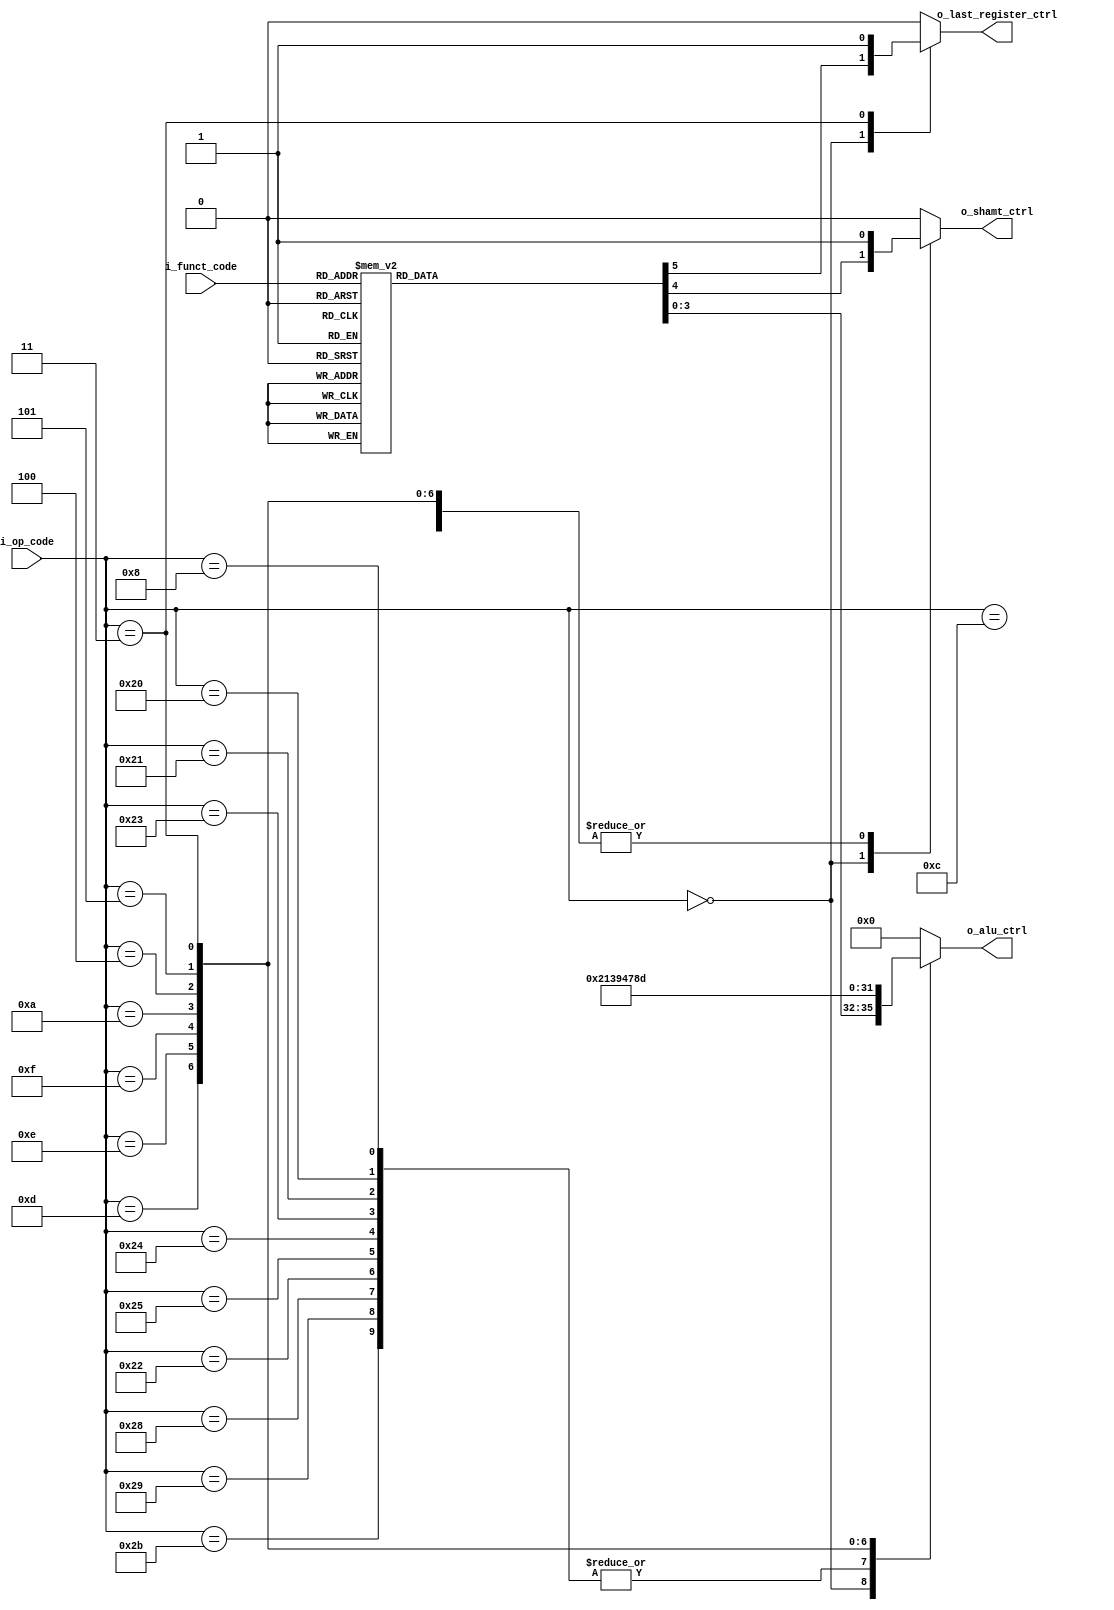
`timescale 1ns / 1ps
//////////////////////////////////////////////////////////////////////////////////
// Company: 
// Engineer: 
// 
// Create Date: 
// Design Name: 
// Module Name: alu_control
// Project Name: 
// Target Devices: 
// Tool Versions: 
// Description: 
// 
// Dependencies: 
// 
// Revision:
// Revision 0.01 - File Created
// Additional Comments:
// 
//////////////////////////////////////////////////////////////////////////////////


`define RTYPE_OPCODE    6'b000000
// Loads
`define LB_OPCODE       6'b100000
`define LH_OPCODE       6'b100001
`define LHU_OPCODE      6'b100010
`define LW_OPCODE       6'b100011
`define LWU_OPCODE      6'b100100
`define LBU_OPCODE      6'b100101
// Stores
`define SB_OPCODE       6'b101000
`define SH_OPCODE       6'b101001
`define SW_OPCODE       6'b101011

`define ADDI_OPCODE     6'b001000
`define ANDI_OPCODE     6'b001100
`define ORI_OPCODE      6'b001101
`define XORI_OPCODE     6'b001110
`define BEQ_OPCODE      6'b000100

`define BNE_OPCODE      6'b000101
`define SLTI_OPCODE     6'b001010
`define LUI_OPCODE      6'b001111
`define JAL_OPCODE      6'b000011
// Function codes
`define SLL_FCODE       6'b000000
`define SRL_FCODE       6'b000010
`define SRA_FCODE       6'b000011
`define SLLV_FCODE      6'b000100
`define SRLV_FCODE      6'b000110
`define SRAV_FCODE      6'b000111
`define JALR_FCODE      6'b001001
`define ADD_FCODE       6'b100000
`define ADDU_FCODE      6'b100001
`define SUB_FCODE       6'b100010
`define SUBU_FCODE      6'b100011
`define AND_FCODE       6'b100100
`define OR_FCODE        6'b100101
`define XOR_FCODE       6'b100110
`define NOR_FCODE       6'b100111
`define SLT_FCODE       6'b101010





module alu_control#(
        parameter WIDTH_FCODE = 6,
        parameter WIDTH_OPCODE = 6,
        parameter WIDTH_ALU_CTRLI = 4
        
    )
    (
        input [WIDTH_FCODE-1 : 0] i_funct_code,         // Codigo de funcion para instrucciones tipo R
        input [WIDTH_OPCODE-1 : 0] i_op_code,           // opcode
        output reg [WIDTH_ALU_CTRLI-1 : 0] o_alu_ctrl,   // Senial que indica a la ALU que tipo de operacion ejecutar
        output reg o_shamt_ctrl,                        // 0 -> shamt  1 -> data_a
        output reg o_last_register_ctrl                 // Senial que selecciona registro last_register para que se guarde el PC
    );
    
   
    always@(*) begin
        // Inicializacion para que no se produzca un inferred latch
        o_alu_ctrl = 4'b0000;
        o_shamt_ctrl = 1'b0;
        o_last_register_ctrl = 1'b0;

        case(i_op_code)
            `RTYPE_OPCODE: begin
                case(i_funct_code)
                        // R type
                        `SLL_FCODE   : begin
                            o_alu_ctrl = 4'b1101;
                            o_shamt_ctrl = 1'b0;            // Shamt
                            o_last_register_ctrl = 1'b0;
                        end 
                        `SRL_FCODE   : begin
                            o_alu_ctrl = 4'b1110;
                            o_shamt_ctrl = 1'b0;            // Shamt
                            o_last_register_ctrl = 1'b0;
                        end
                        `SRA_FCODE   : begin
                            o_alu_ctrl = 4'b1111;
                            o_shamt_ctrl = 1'b0;            // Shamt
                            o_last_register_ctrl = 1'b0;
                        end
                        `SLLV_FCODE  : begin
                            o_alu_ctrl = 4'b1101;
                            o_shamt_ctrl = 1'b1;            //Elige data_a (rs)
                            o_last_register_ctrl = 1'b0;
                        end
                        `SRLV_FCODE  : begin
                            o_alu_ctrl = 4'b1110;
                            o_shamt_ctrl = 1'b1;            //Elige data_a (rs)
                            o_last_register_ctrl = 1'b0;
                        end
                        `SRAV_FCODE  : begin
                            o_alu_ctrl = 4'b1111;
                            o_shamt_ctrl = 1'b1;            //Elige data_a (rs)
                            o_last_register_ctrl = 1'b0;
                        end
                        `ADD_FCODE   : begin
                            o_alu_ctrl = 4'b0010;
                            o_shamt_ctrl = 1'b1;            //Elige data_a (rs)
                            o_last_register_ctrl = 1'b0;
                        end
                        `ADDU_FCODE  : begin
                            o_alu_ctrl = 4'b0010;
                            o_shamt_ctrl = 1'b1;            //Elige data_a (rs)
                            o_last_register_ctrl = 1'b0;
                        end
                        `SUB_FCODE   : begin
                            o_alu_ctrl = 4'b0110;
                            o_shamt_ctrl = 1'b1;            //Elige data_a (rs)
                            o_last_register_ctrl = 1'b0;
                        end
                        `SUBU_FCODE  : begin
                            o_alu_ctrl = 4'b0110;
                            o_shamt_ctrl = 1'b1;            //Elige data_a (rs)
                            o_last_register_ctrl = 1'b0;
                        end
                        `AND_FCODE   : begin
                            o_alu_ctrl = 4'b0000;
                            o_shamt_ctrl = 1'b1;            //Elige data_a (rs)
                            o_last_register_ctrl = 1'b0;
                        end
                        `OR_FCODE    : begin
                            o_alu_ctrl = 4'b0001;
                            o_shamt_ctrl = 1'b1;            //Elige data_a (rs)
                            o_last_register_ctrl = 1'b0;
                        end
                        `XOR_FCODE   : begin
                            o_alu_ctrl = 4'b0011;
                            o_shamt_ctrl = 1'b1;            //Elige data_a (rs)
                            o_last_register_ctrl = 1'b0;
                        end
                        `NOR_FCODE   : begin
                            o_alu_ctrl = 4'b1100;
                            o_shamt_ctrl = 1'b1;            //Elige data_a (rs)
                            o_last_register_ctrl = 1'b0;
                        end
                        `SLT_FCODE   : begin
                            o_alu_ctrl = 4'b0100;
                            o_shamt_ctrl = 1'b1;            //Elige data_a (rs)
                            o_last_register_ctrl = 1'b0;
                        end
                        `JALR_FCODE  : begin
                            o_alu_ctrl = 4'b1101;             //No usa la ALU
                            o_shamt_ctrl = 1'b0;            
                            o_last_register_ctrl = 1'b1;
                        end
                        default     : begin
                            o_alu_ctrl = o_alu_ctrl;
                        end                      
                endcase
            end
            // INSTRUCCION ITYPE
            // Todos los loads
            `LB_OPCODE, `LH_OPCODE, `LW_OPCODE,
            `LWU_OPCODE, `LBU_OPCODE, `LHU_OPCODE,
            // Todos los stores
            `SB_OPCODE, `SH_OPCODE, `SW_OPCODE
                : begin
                o_alu_ctrl = 4'b0010;  
                o_shamt_ctrl = 1'b1;            //Elige data_a (rs)
                o_last_register_ctrl = 1'b0;
            end
            `ADDI_OPCODE : begin
                o_alu_ctrl = 4'b0010;
                o_shamt_ctrl = 1'b1;            //Elige data_a (rs)
                o_last_register_ctrl = 1'b0;
            end
            `ANDI_OPCODE : begin
                o_alu_ctrl = 4'b0000;
                o_shamt_ctrl = 1'b1;            //Elige data_a (rs)
                o_last_register_ctrl = 1'b0;
            end
            `ORI_OPCODE  : begin
                o_alu_ctrl = 4'b0001;
                o_shamt_ctrl = 1'b1;            //Elige data_a (rs)
                o_last_register_ctrl = 1'b0;
            end
            `XORI_OPCODE : begin
                o_alu_ctrl = 4'b0011;
                o_shamt_ctrl = 1'b1;            //Elige data_a (rs)
                o_last_register_ctrl = 1'b0;
            end
            `LUI_OPCODE  : begin
                o_alu_ctrl = 4'b1001;
                o_shamt_ctrl = 1'b1;            //Elige data_a (rs)
                o_last_register_ctrl = 1'b0;
            end
            `SLTI_OPCODE : begin
                o_alu_ctrl = 4'b0100;
                o_shamt_ctrl = 1'b1;            //Elige data_a (rs)
                o_last_register_ctrl = 1'b0;
            end
            `BEQ_OPCODE  : begin
                o_alu_ctrl = 4'b0111; // NOT EQ
                o_shamt_ctrl = 1'b1;            //Elige data_a (rs)
                o_last_register_ctrl = 1'b0;
            end
            `BNE_OPCODE  : begin
                o_alu_ctrl = 4'b1000; // EQ
                o_shamt_ctrl = 1'b1;            //Elige data_a (rs)
                o_last_register_ctrl = 1'b0;
            end
            `JAL_OPCODE  : begin
                o_alu_ctrl = 4'b1101;
                o_shamt_ctrl = 1'b1;
                o_last_register_ctrl = 1'b1;
            end
            default     : begin
                o_alu_ctrl = o_alu_ctrl;
                o_shamt_ctrl = o_shamt_ctrl;
                o_last_register_ctrl = o_last_register_ctrl;
            end
        endcase
    end
    
endmodule